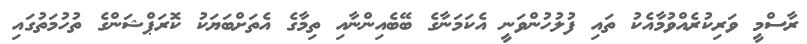
ރާސްމީ ވަރިކުރެއްވުމާއެކު ތައި ފުލުހުންވަނީ އެކަމަނާގެ ބޭބެއިންނާއި ތިމާގެ އެތަށްބަޔަކު ކޮރަޕްޝަންގެ ތުހުމަތުގައި